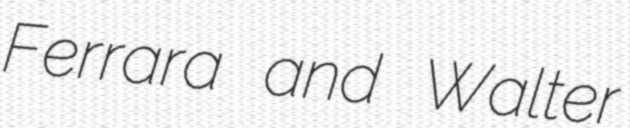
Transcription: Ferrara and Walter